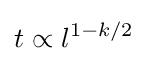
t\propto l^{1-k/2}